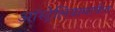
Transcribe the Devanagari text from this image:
ऑस्ट्रेलियामार्फत